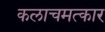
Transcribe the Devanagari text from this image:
कलाचमत्कार